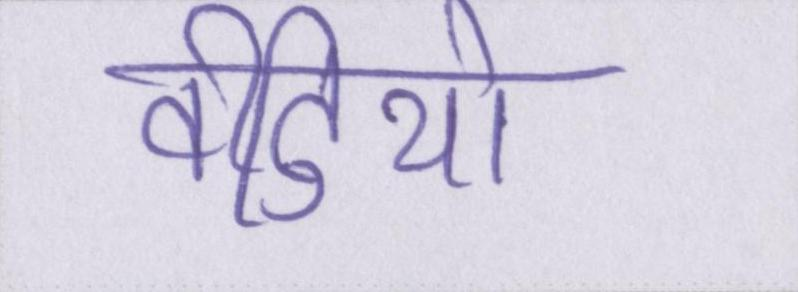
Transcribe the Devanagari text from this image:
वीडियो